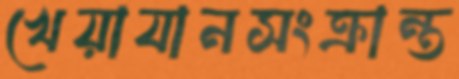
খেয়াযানসংক্রান্ত